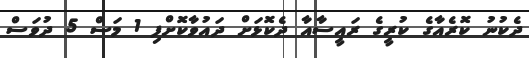
ދެކުނު ކޮރެއާގެ ކުރީގެ ރައީސާއާ ދެކޮޅަށް ދައުވާކޮށްފި 1 މަސް 5 ދުވަސް